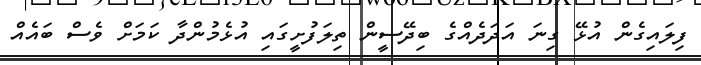
ފިލައިގެން އުޅޭ ގިނަ އަދަދެއްގެ ބިދޭސީން ތިލަފުށީގައި އުޅެމުންދާ ކަމަށް ވެސް ބައެއް